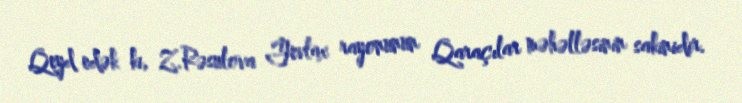
Qeyd edək ki, Z.Rəsulova Yevlax rayonunun Qaraçılar məhəlləsinin sakinidir.